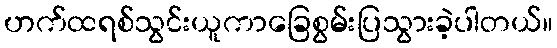
ဟက်ထရစ်သွင်းယူကာခြေစွမ်းပြသွားခဲ့ပါတယ်။